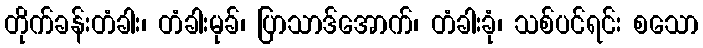
တိုက်ခန်းတံခါး၊ တံခါးမုခ်၊ ပြာသာဒ်အောက်၊ တံခါးခုံ၊ သစ်ပင်ရင်း စသော